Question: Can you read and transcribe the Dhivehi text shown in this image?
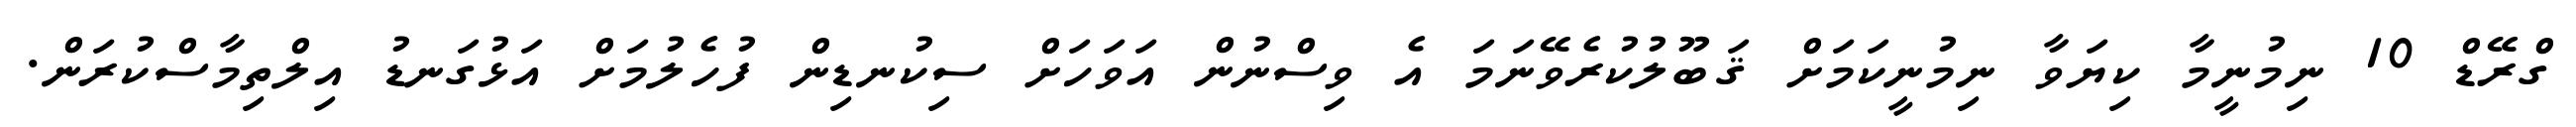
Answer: ގްރޭޑް 10 ނިމުނީމާ ކިޔަވާ ނިމުނީކަމަށް ޤަބޫލުކުރެވޭނަމަ އެ ވިސްނުން އަވަހަށް ސިކުނޑިން ފުހެލުމަށް އަޅުގަނޑު އިލްތިމާސްކުރަން.